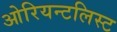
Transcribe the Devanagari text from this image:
ओरियन्टलिस्ट